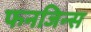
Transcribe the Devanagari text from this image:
फनजिन्स